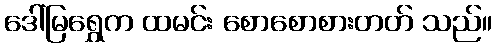
ဒေါ်မြရွှေက ထမင်း စောစောစားတတ် သည်။